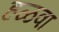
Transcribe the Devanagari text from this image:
हळवा